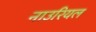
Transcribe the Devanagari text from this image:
नाउरियल